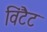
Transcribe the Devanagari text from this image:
विंटैट